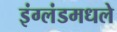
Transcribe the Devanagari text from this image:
इंग्लंडमधले